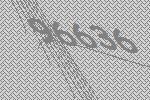
96636